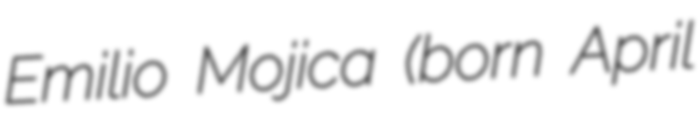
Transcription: Emilio Mojica (born April